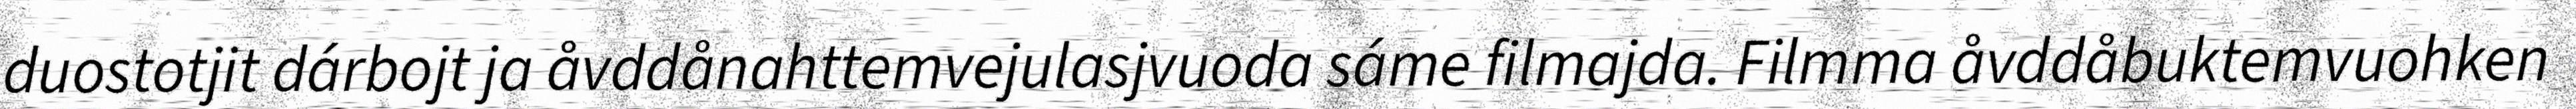
duostotjit dárbojt ja åvddånahttemvejulasjvuoda sáme filmajda. Filmma åvddåbuktemvuohken